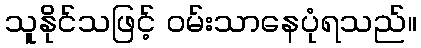
သူနိုင်သဖြင့် ဝမ်းသာနေပုံရသည်။